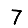
Digit: 7